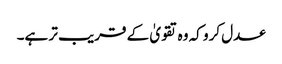
عدل کرو کہ وہ تقویٰ کے قریب تر ہے۔